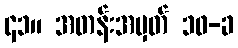
၄၁။ အတန်းအမှတ် ၁၀-ခ